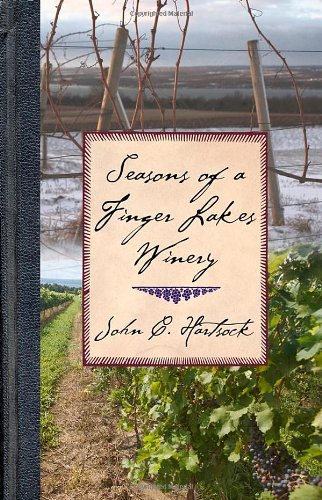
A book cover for Seasons of a Finger Lakes Winery; John C. Hartsock; Cookbooks, Food & Wine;